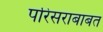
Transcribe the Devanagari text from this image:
परिसराबाबत